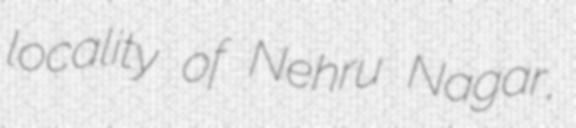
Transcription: locality of Nehru Nagar,